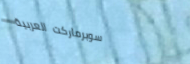
سوبرماركت العربية